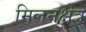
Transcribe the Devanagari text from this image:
मिलनक्षेत्र